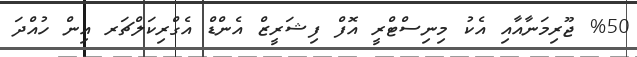
%50 ޖޫރިމަނާއާއި އެކު މިނިސްޓްރީ އޮފް ފިޝަރީޒް އެންޑް އެގްރިކަލްޗަރ އިން ހުއްދަ